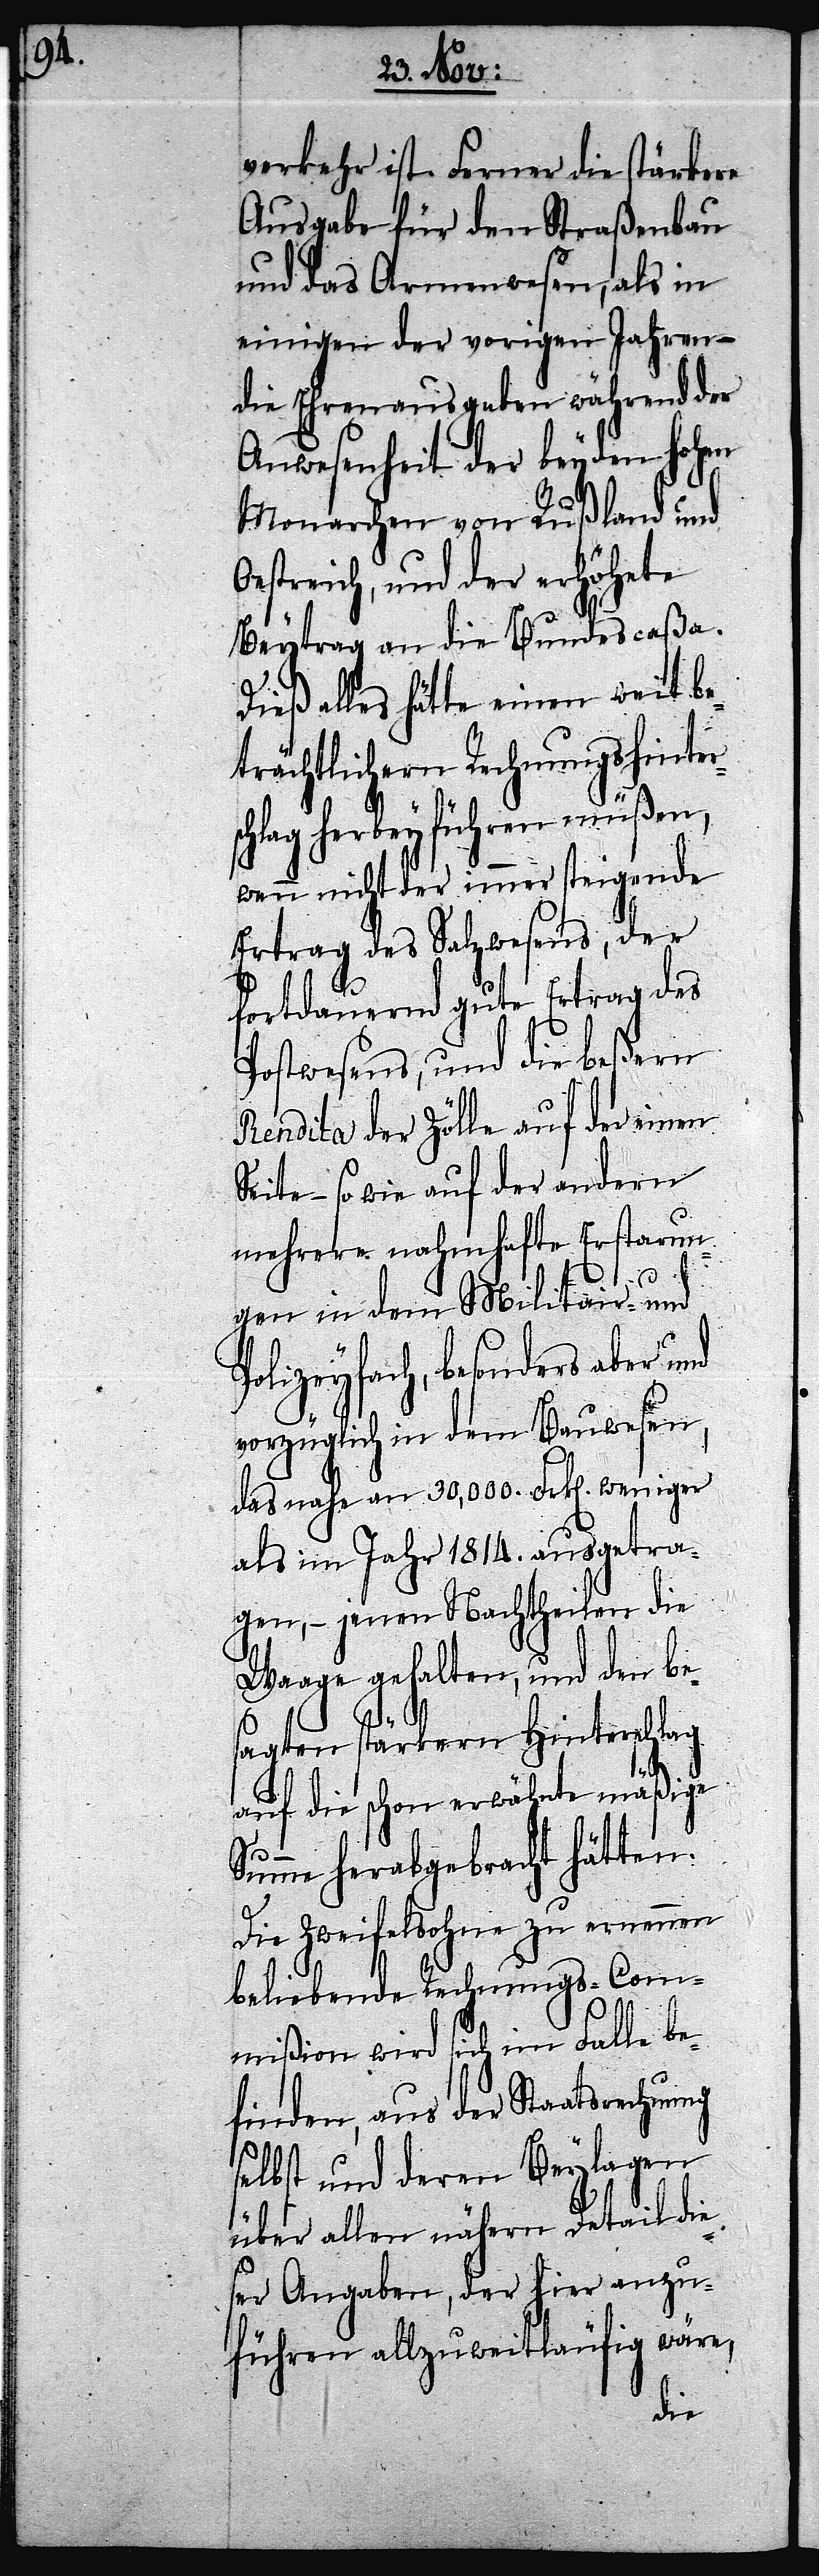
verkehr ist. Ferner die stärkere
Ausgabe für den Straßenbau
und das Armenwesen, als in
einigen der vorigen Jahren –
die Ehrenausgaben während der
Anwesenheit der beyden Hohen
Monarchen von Rußland und
Oestreich, und der erhöhte
Beytrag an die Bundescaßa.
Dieß alles hätte einen weit be¬
trächtlichern Rechnungshinter¬
schlag herbeyführen müßen,
wenn nicht der immer steigende
Ertrag des Salzwesens, der
fortdauernd gute Ertrag des
Postwesens, und die beßern
Rendita der Zölle auf der einen
Seite – so wie auf der andern
mehrere nahmhafte Erstarun¬
gen in dem Militair- und
Polizeyfach, besonders aber und
vorzüglich in dem Bauwesen,
das nahe an 30,000. Frk[en]. weniger
als im Jahr 1814. ausgetra¬
gen, – jenen Nachtheilen die
Waage gehalten, und den bes¬
agten stärkern Hinterschlag
auf die schon erwähnte mäßige
Summe herabgebracht hätten:
Die Zweifelsohne zu ernennen
beliebende Rechnungs-Com¬
mißion wird sich im Falle be¬
finden, aus der Staatsrechnung
selbst und deren Beylagen
über allen nähern Detail die¬
ser Angaben, der hier anzu¬
führen allzu weitläufig wäre,